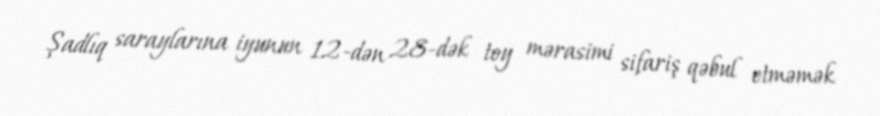
Şadlıq saraylarına iyunun 12-dən 28-dək toy mərasimi sifariş qəbul etməmək